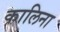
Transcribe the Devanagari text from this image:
कालिना